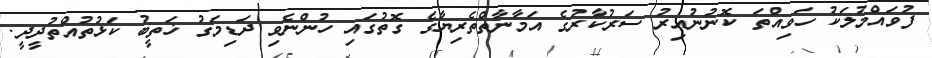
ފުވައްމުލަކު ހަވިއްތަ ކޮނުނުއިރު ސަރުކާރުގެ އަމާނާތްތެރިޔާގެ ގޮތުގައި ހުންނެވި ދަޑިމަގު ޚަތީބު ކަޅުތުއްތުދީދީ.